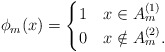
\begin{align*}\phi_m(x) = \begin{cases} 1 & x\in A_m^{(1)} \\ 0 & x\notin A_m^{(2)}.\end{cases}\end{align*}